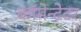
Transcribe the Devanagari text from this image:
कॉमेन्टेटर